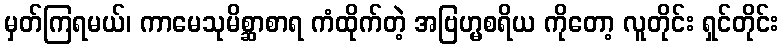
မှတ်ကြရမယ်၊ ကာမေသုမိစ္ဆာစာရ ကံထိုက်တဲ့ အဗြဟ္မစရိယ ကိုတော့ လူတိုင်း ရှင်တိုင်း